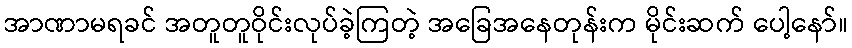
အာဏာမရခင် အတူတူဝိုင်းလုပ်ခဲ့ကြတဲ့ အခြေအနေတုန်းက မိုင်းဆက် ပေါ့နော်။